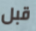
قبل